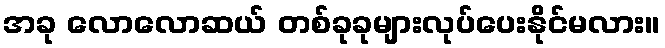
အခု လောလောဆယ် တစ်ခုခုများလုပ်ပေးနိုင်မလား။